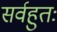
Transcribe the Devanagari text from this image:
सर्वहुतः